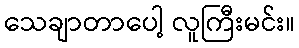
သေချာတာပေါ့ လူကြီးမင်း။